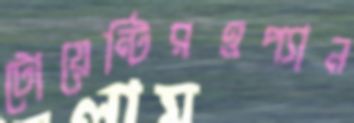
টোয়েন্টিরওপ্যান